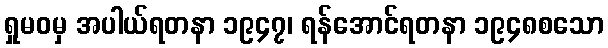
ရှုမဝမှ အပါယ်ရတနာ ၁၉၄၇၊ ရန်အောင်ရတနာ ၁၉၄၈စသော